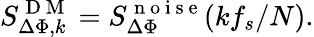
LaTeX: S_{\Delta\Phi,k}^{\mathrm{~D~M~}}=S_{\Delta\Phi}^{\mathrm{~n~o~i~s~e~}}(kf_{s}/N).